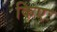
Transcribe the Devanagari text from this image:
किएः